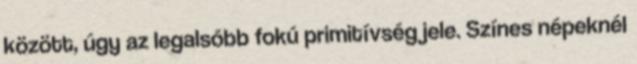
között, úgy az legalsóbb fokú primitívség jele. Színes népeknél